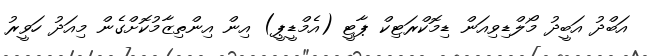
އަބްދު އަބީދު މޯލްޑިވިއަން ޑިމޮކްރަޓިކް ޕާޓީ (އެމްޑީޕީ) އިން އިންތިޒާމުކޮށްގެން މިއަދު ހަވީރު